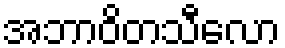
အဘာဝိတသီလော